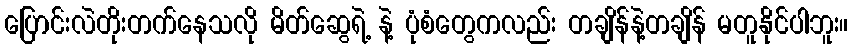
ပြောင်းလဲတိုးတက်နေသလို မိတ်ဆွေရဲ့ နဲ့ ပုံစံတွေကလည်း တချိန်နဲ့တချိန် မတူနိုင်ပါဘူး။